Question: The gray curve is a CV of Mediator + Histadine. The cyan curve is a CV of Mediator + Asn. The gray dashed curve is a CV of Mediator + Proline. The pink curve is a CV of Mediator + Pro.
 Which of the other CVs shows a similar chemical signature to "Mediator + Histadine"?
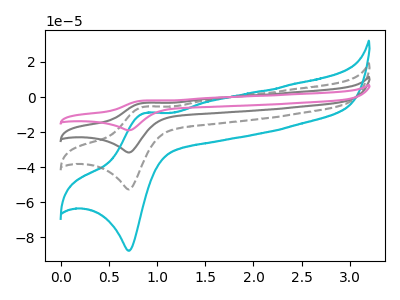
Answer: <think>The gray curve "Mediator + Histadine" has an anodic peak at (0.85V, -11.00uA) and a cathodic peak at (0.70V, -105.40uA). The cyan curve "Mediator + Asn" has an anodic peak at (0.85V, -9.15uA) and a cathodic peak at (0.70V, -87.75uA). The gray dashed curve "Mediator + Proline" has an anodic peak at (0.85V, -5.50uA) and a cathodic peak at (0.70V, -52.70uA). The pink curve "Mediator + Pro" has an anodic peak at (0.85V, -16.50uA) and a cathodic peak at (0.70V, -158.10uA).
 All the peaks in "Mediator + Histadine" have a peak in "Mediator + Asn" at the same potential. All the peaks in "Mediator + Histadine" have a peak in "Mediator + Proline" at the same potential. All the peaks in "Mediator + Histadine" have a peak in "Mediator + Pro" at the same potential. All the peaks in "Mediator + Asn" have a peak in "Mediator + Proline" at the same potential. All the peaks in "Mediator + Asn" have a peak in "Mediator + Pro" at the same potential. All the peaks in "Mediator + Proline" have a peak in "Mediator + Pro" at the same potential.</think>
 <answer>"Mediator + Histadine", "Mediator + Proline" and "Mediator + Pro" have a similar shape to "Mediator + Asn".</answer>
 <eval>"Mediator + Histadine" "Mediator + Proline" "Mediator + Pro"</eval>